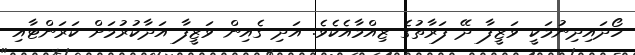
ހޯދައިދިނުމަކީ ވަޒީފާ ދޭ ފަރާތުގެ ޒިއްމާއެކެވެ. އަދި ގެއިން ވަޒީފާ އަދާކުރުމަށް ކަރަންޓާއި